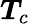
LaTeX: \boldsymbol{T}_{c}